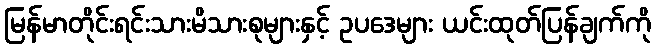
မြန်မာတိုင်းရင်းသားမိသားစုများနှင့် ဥပဒေများ ယင်းထုတ်ပြန်ချက်ကို